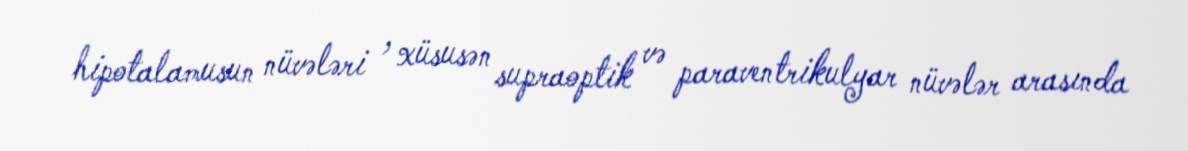
hipotalamusun nüvələri , xüsusən supraoptik və paraventrikulyar nüvələr arasında